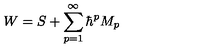
W = S + \sum _ { p = 1 } ^ { \infty } \hbar ^ { p } M _ { p }